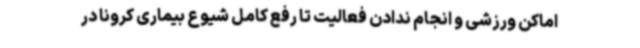
اماکن ورزشی و انجام ندادن فعالیت تا رفع کامل شیوع بیماری کرونا در